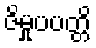
ဇိမှုပပတ္တိ